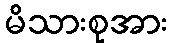
မိသားစုအား